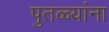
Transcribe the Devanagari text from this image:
पुतळ्यांना